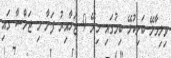
ވިލިމާލޭ ބަށިކުޅޭ ބިމުގައި މިރޭ 9 ޖަހާއިރު ފަށާ މި ޖަލްސާ ގައި